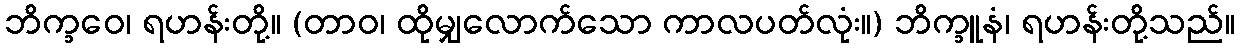
ဘိက္ခဝေ၊ ရဟန်းတို့။ (တာဝ၊ ထိုမျှလောက်သော ကာလပတ်လုံး။) ဘိက္ခူနံ၊ ရဟန်းတို့သည်။